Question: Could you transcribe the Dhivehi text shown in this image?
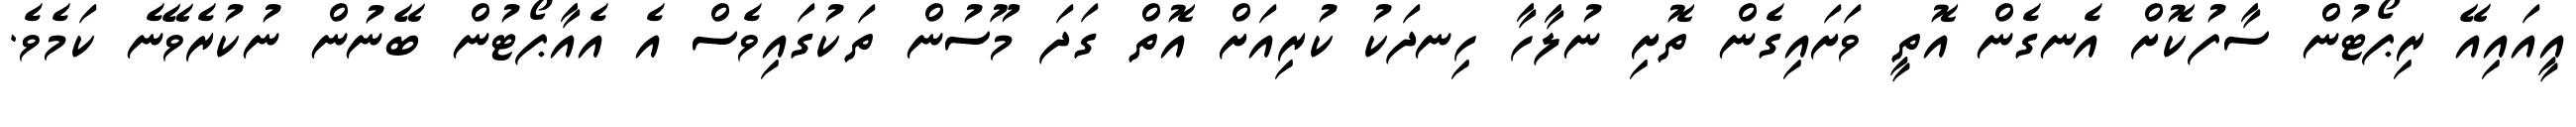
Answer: އީއައިއޭ ރިޕޯޓުން ސާފުކޮށް އެނގެން އޮތީ ވަށައިގެން ތޮށި ނުލާހާ ހިނދަކު ކުރިއަށް އޮތް ގަދަ މޫސުން ތަކުގައިވެސް އެ އެއާޕޯޓުން ބޭނުން ނުކުރެވޭނެ ކަމެވެ.